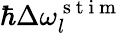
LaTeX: \hbar\Delta\omega_{l}^{\mathrm{~s~t~i~m~}}